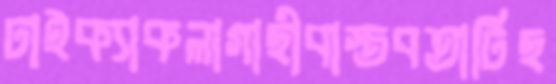
ঢাইক্যাকলাগাছীবাস্তবতাটিছ